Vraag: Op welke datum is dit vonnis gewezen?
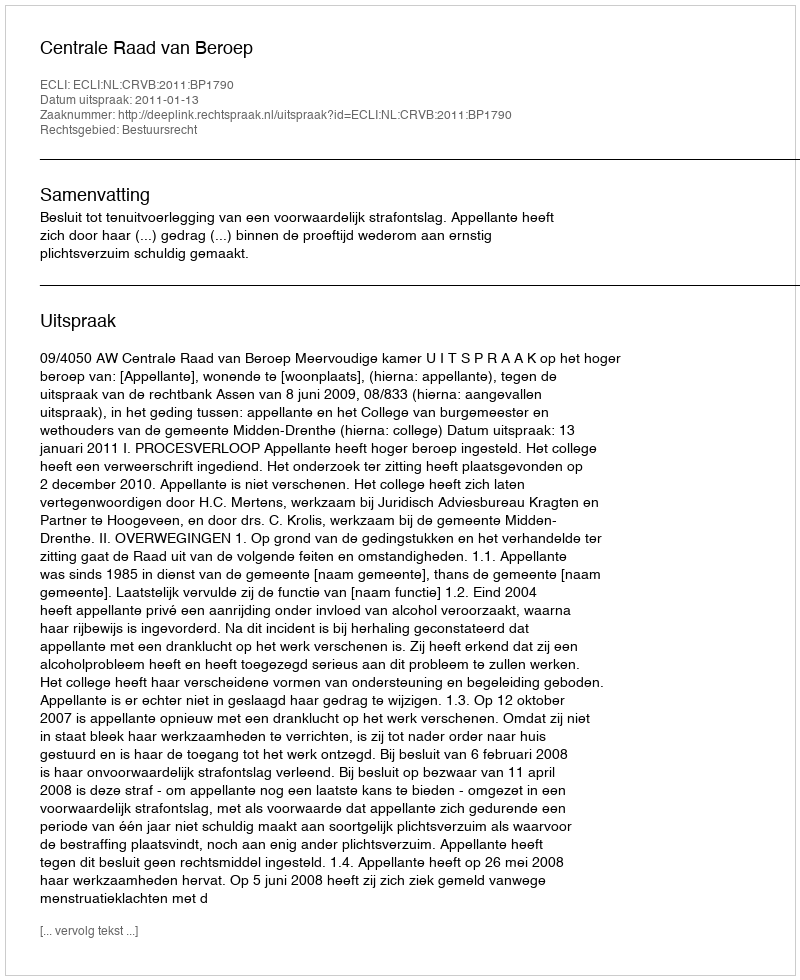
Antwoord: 2011-01-13